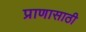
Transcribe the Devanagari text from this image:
प्राणासाठी